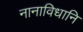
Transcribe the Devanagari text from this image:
नानाविधानि